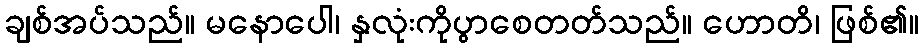
ချစ်အပ်သည်။ မနောပေါ၊ နှလုံးကိုပွာစေတတ်သည်။ ဟောတိ၊ ဖြစ်၏။